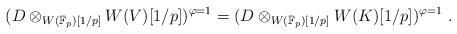
LaTeX: \begin{align*}(D\otimes_{W(\bar{\mathbb F}_p)[1/p]} W(V)[1/p])^{\varphi = 1} = (D\otimes_{W(\bar{\mathbb F}_p)[1/p]} W(K)[1/p])^{\varphi = 1}\ .\end{align*}